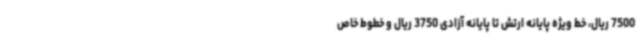
7500 ریال، خط ویژه پایانه ارتش تا پایانه آزادی 3750 ریال و خطوط خاص